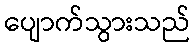
ပျောက်သွားသည်